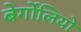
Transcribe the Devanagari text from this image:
बेर्गोलियो